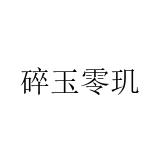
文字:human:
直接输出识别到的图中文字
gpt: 碎玉零玑